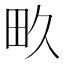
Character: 畂